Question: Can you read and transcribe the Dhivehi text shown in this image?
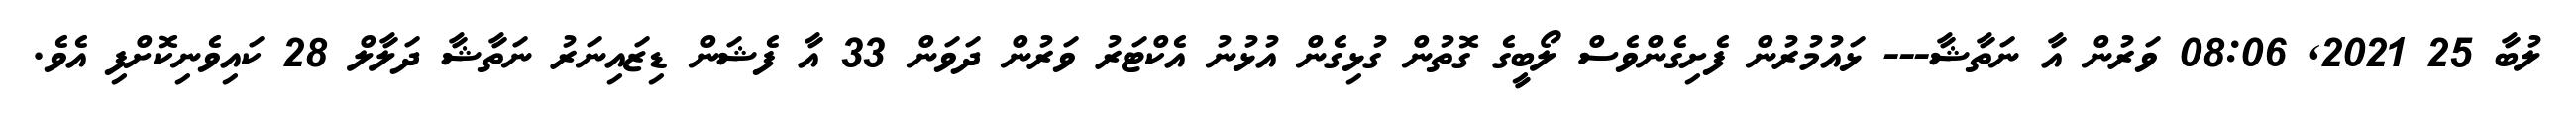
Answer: ލުބާ 25 2021, 08:06 ވަރުން އާ ނަތާޝާ--- ޅައުމުރުން ފެށިގެންވެސް ލޯބީގެ ގޮތުން ގުޅިގެން އުޅުނު އެކްޓަރު ވަރުން ދަވަން 33 އާ ފެޝަން ޑިޒައިނަރު ނަތާޝާ ދަލާލް 28 ކައިވެނިކޮށްފި އެވެ.